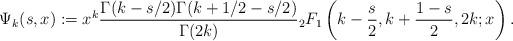
LaTeX: \begin{align*}\Psi_k(s,x):=x^k\frac{\Gamma(k-s/2)\Gamma(k+1/2-s/2)}{\Gamma(2k)}{}_2F_1\left( k-\frac{s}{2},k+\frac{1-s}{2},2k;x\right).\end{align*}